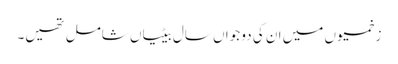
زخمیوں میں ان کی دو جواں سال بیٹیاں شامل تھیں۔